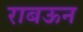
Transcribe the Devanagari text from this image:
राबऊन